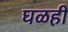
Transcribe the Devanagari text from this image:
घळही